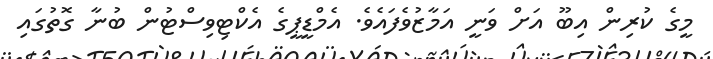
މީގެ ކުރިން އިބޫ އަށް ވަނީ އަމާޒުވެފައެވެ. އެމްޑީޕީގެ އެކްޓިވިސްޓުން ބުނާ ގޮތުގައި